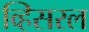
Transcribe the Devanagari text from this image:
व्हिसरल